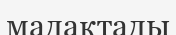
мадақтады